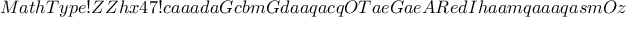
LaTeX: M a t h T y p e ! Z Z h x 4 7 ! c a a a d a G c b m G d a a q a c q O T a e G a e A R e d I h a a m q a a a q a s m O z d 8 a a a S q e b i